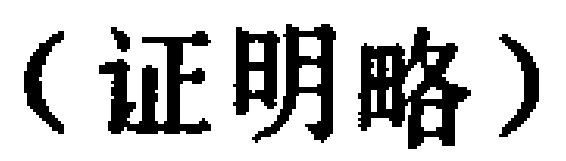
（证明略）